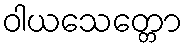
ဝါယသေတ္တော